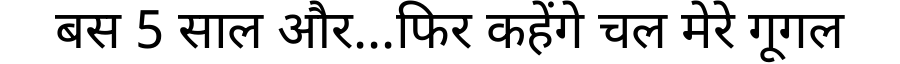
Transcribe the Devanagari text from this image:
बस 5 साल और...फिर कहेंगे चल मेरे गूगल